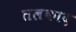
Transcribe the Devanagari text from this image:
तलकाद